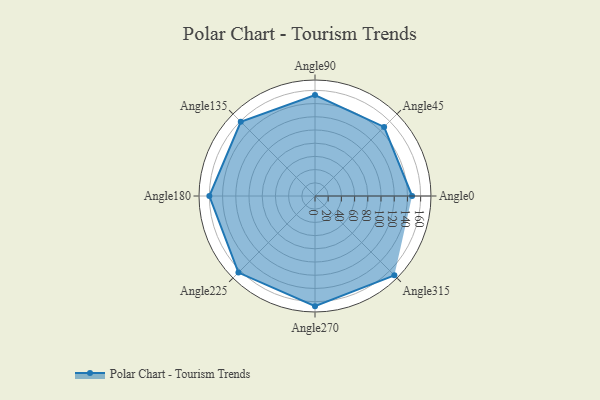
{"axis": {"x": "Angle", "y": "Radius"}, "legend": [""], "data": [{"x": "Angle0", "y": 147.0, "type": ""}, {"x": "Angle45", "y": 148.0, "type": ""}, {"x": "Angle90", "y": 153.0, "type": ""}, {"x": "Angle135", "y": 159.0, "type": ""}, {"x": "Angle180", "y": 160.0, "type": ""}, {"x": "Angle225", "y": 164.0, "type": ""}, {"x": "Angle270", "y": 167.0, "type": ""}, {"x": "Angle315", "y": 170, "type": ""}]}